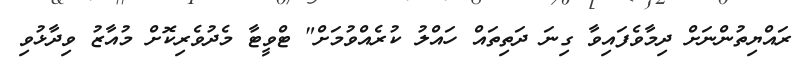
ރައްޔިތުންނަށް ދިމާވެފައިވާ ގިނަ ދަތިތައް ހައްލު ކުރެއްވުމަށް" ޓްވީޓާ މެދުވެރިކޮށް މުއާޒު ވިދާޅުވި